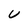
Character: U